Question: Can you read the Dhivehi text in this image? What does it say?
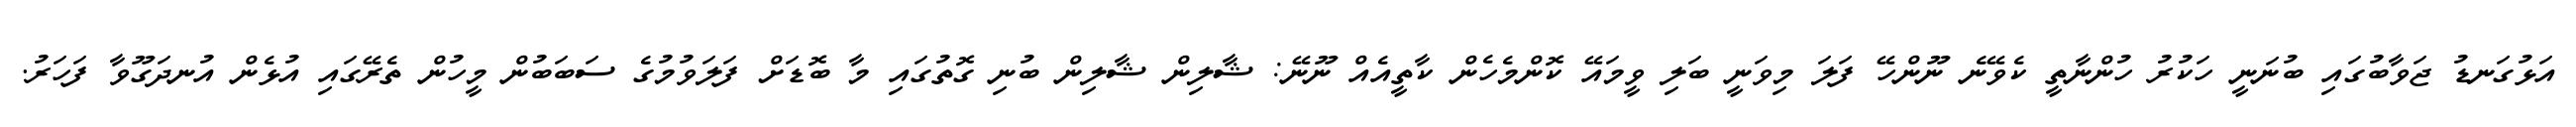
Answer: އަޅުގަނޑު ޖަވާބުގައި ބުނަނީ ހަކުރު ހުންނާތީ ކެވޭނެ ނޫންހޭ ފަލަ މިވަނީ ބަލި ވީމައޭ ކޮންމެހެން ކާތީއެއް ނޫނޭ: ޝާލިން ޝާލިން ބުނި ގޮތުގައި މާ ބޮޑަށް ފަލަވުމުގެ ސަބަބުން މީހުން ތެރޭގައި އުޅެން އުނދަގޫވާ ފަހަރު.